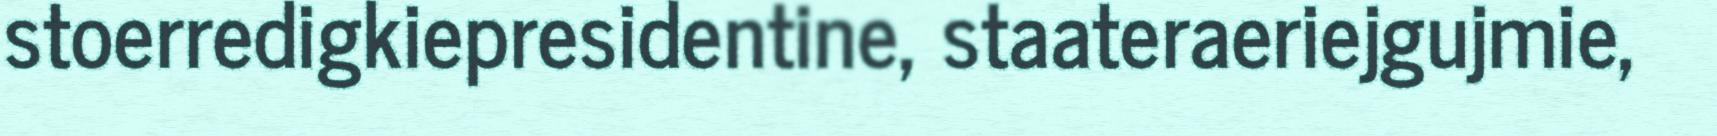
stoerredigkiepresidentine, staateraeriejgujmie,